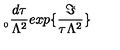
_ { _ { 0 } } \frac { d \tau } { \Lambda ^ { 2 } } e x p \{ \frac { \Im } { \tau \Lambda ^ { 2 } } \}